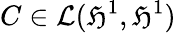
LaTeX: C\in\mathcal{L}(\mathfrak{H}^{1},\mathfrak{H}^{1})